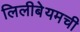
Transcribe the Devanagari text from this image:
लिलीबेयमची